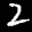
Label: 2